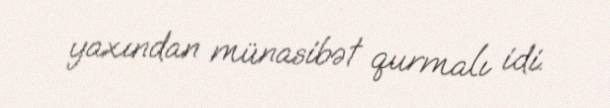
yaxından münasibət qurmalı idi.